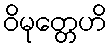
ဝိမုတ္တေဟိ